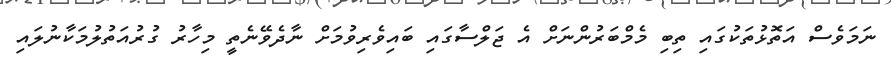
ނަމަވެސް އަތޮޅުތަކުގައި ތިބި މެމްބަރުންނަށް އެ ޖަލްސާގައި ބައިވެރިވުމަށް ނާދެވޭނެތީ މިހާރު ގުރުއަތުލުމަކާނުލައި